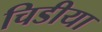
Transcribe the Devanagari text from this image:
चिडीया